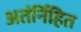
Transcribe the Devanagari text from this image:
अतंर्निहित